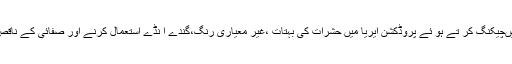
فوڈ سیفٹی ٹیموں نے لاہور کے مختلف علاقوں میںچیکنگ کر تے ہو ئے پروڈکشن ایریا میں حشرات کی بہتات ،غیر معیاری رنگ،گندے ا نڈے استعمال کرنے اور صفائی کے ناقص انتظامات پر 6پروڈکشن یو نٹس کو سیل کر دیا۔